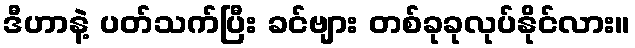
ဒီဟာနဲ့ ပတ်သက်ပြီး ခင်ဗျား တစ်ခုခုလုပ်နိုင်လား။